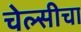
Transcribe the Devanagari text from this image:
चेल्सीचा